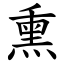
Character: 熏